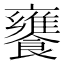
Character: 饔